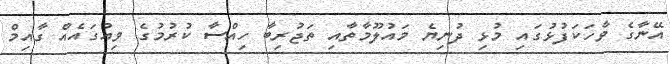
އޭނާގެ ވާހަކަފުޅުގައި މުޅި ދުނިޔެ މައުލޫމާތާއި ތަޖުރިބާ ހިއްސާ ކުރުމުގެ ވިއުގައެއް ގާއިމް